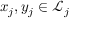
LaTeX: x _ { j } , y _ { j } \in { \mathcal { L } } _ { j }